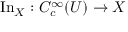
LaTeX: \operatorname { I n } _ { X } : C _ { c } ^ { \infty } ( U ) \to X